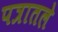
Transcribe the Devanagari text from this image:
पत्रातले